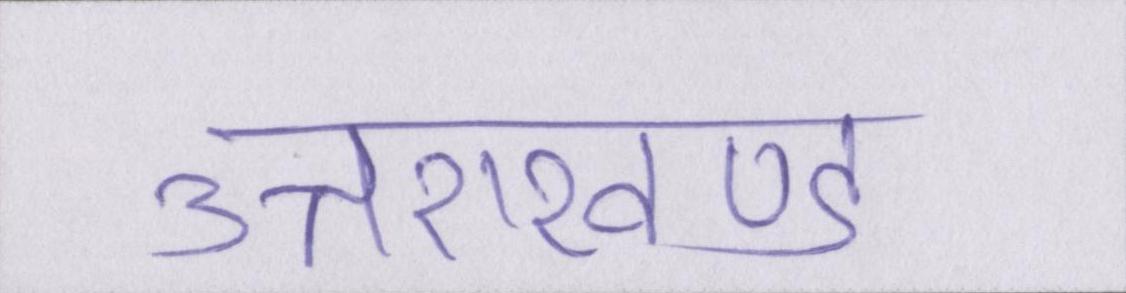
उत्तराखण्ड